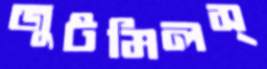
জুটমিলস্